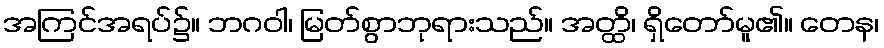
အကြင်အရပ်၌။ ဘဂဝါ၊ မြတ်စွာဘုရားသည်။ အတ္ထိ၊ ရှိတော်မူ၏။ တေန၊